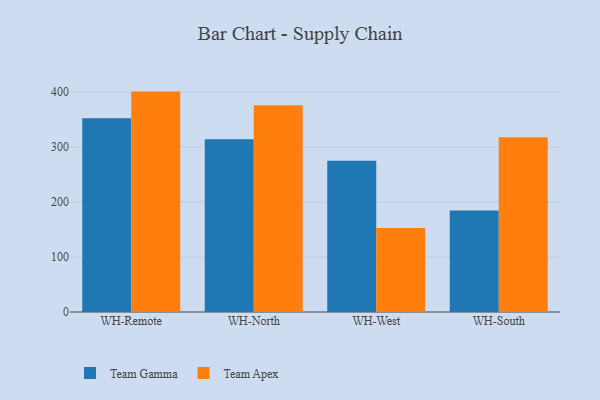
{"axis": {"x": "Warehouse", "y": "Budget (USD K)"}, "legend": ["Team Apex", "Team Gamma"], "data": [{"x": "WH-Remote", "y": 352.2, "type": "Team Gamma"}, {"x": "WH-Remote", "y": 400.9, "type": "Team Apex"}, {"x": "WH-North", "y": 314.3, "type": "Team Gamma"}, {"x": "WH-North", "y": 376.0, "type": "Team Apex"}, {"x": "WH-West", "y": 275.1, "type": "Team Gamma"}, {"x": "WH-West", "y": 153.0, "type": "Team Apex"}, {"x": "WH-South", "y": 184.4, "type": "Team Gamma"}, {"x": "WH-South", "y": 317.9, "type": "Team Apex"}]}